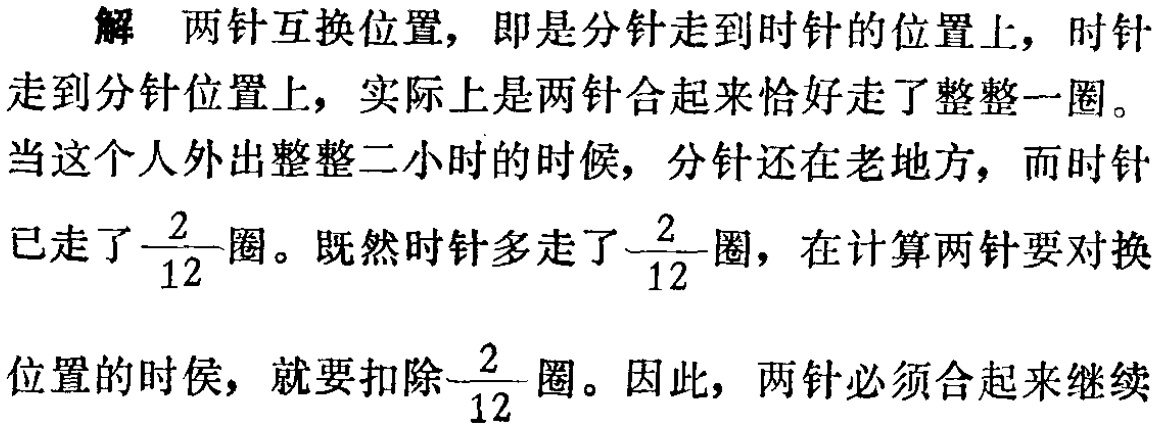
解 两针互换位置，即是分针走到时针的位置上，时针走到分针位置上，实际上是两针合起来恰好走了整整一圈。当这个人外出整整二小时的时候，分针还在老地方，而时针已走了$\frac{2}{12}$圈。既然时针多走了$\frac{2}{12}$圈，在计算两针要对换位置的时候，就要扣除$\frac{2}{12}$圈。因此，两针必须合起来继续